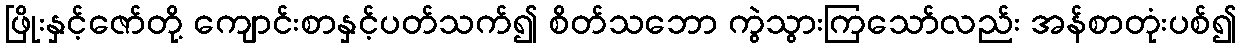
ဖြိုးနှင့်ဇော်တို့ ကျောင်းစာနှင့်ပတ်သက်၍ စိတ်သဘော ကွဲသွားကြသော်လည်း အန်စာတုံးပစ်၍